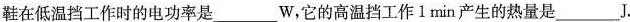
鞋在低温档工作时的电功率是___W，它的高温档工作1 min产生的热量是___J.